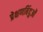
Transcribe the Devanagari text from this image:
प्रेक्षणबिंदुओं